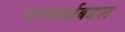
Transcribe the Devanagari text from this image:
परमार्थाबद्दल